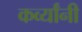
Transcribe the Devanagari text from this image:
कर्व्यांनी